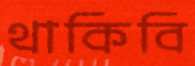
থাকিবি